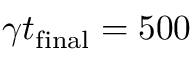
\gamma t _ { \mathrm { f i n a l } } = 5 0 0